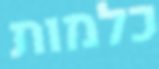
כלמות